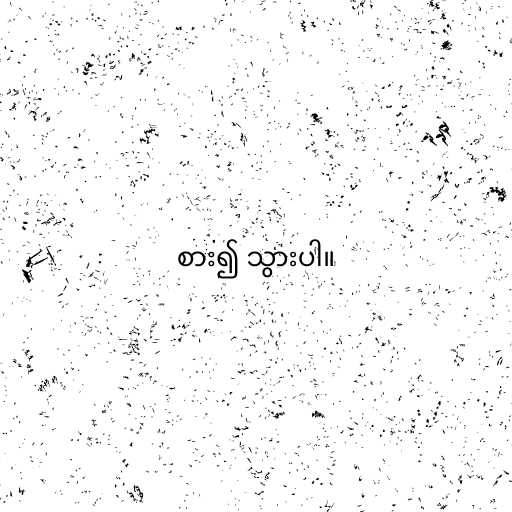
စား၍ သွားပါ။